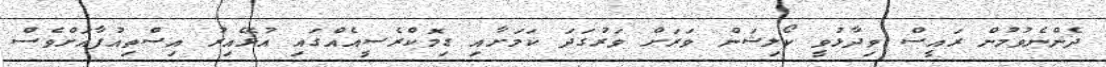
ދެންނެވުމުން ރައީސް ވިދާޅުވީ ކޯލިޝަން ވަރަށް ވަރުގަދަ ކަމަށާއި ޑިމޮކްރެސީއެއްގައި އުޅޭއިރު އިސްތިއުފާއަށްވެސް